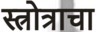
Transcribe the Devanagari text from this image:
स्त्रोत्राचा